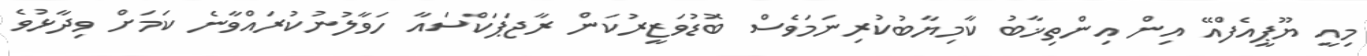
މިއީ ޔޫޕީއެފްއޭ އިން އިންތިޚާބު ކާމިޔާބުކުރިނަމަވެސް ބޮޑުވަޒީރުކަން ރާޖަޕަކްސައާ ހަވާލުނުކުރައްވާނެ ކަމަށް ވިދާޅުވެ